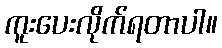
ကူးပေးလိုက်ရတာပါ။